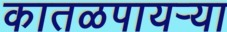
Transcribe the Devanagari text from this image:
कातळपायऱ्या